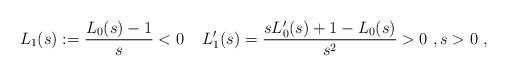
LaTeX: \begin{align*}L_1(s) := \frac{L_0(s)-1}{s}<0 \;\;\;\; L_1'(s) = \frac{s L_0'(s) + 1 - L_0(s)}{s^2}>0\ , s>0\ , \end{align*}